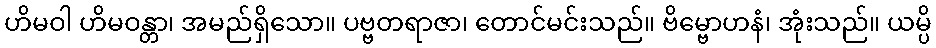
ဟိမဝါ ဟိမဝန္တာ၊ အမည်ရှိသော။ ပဗ္ဗတရာဇာ၊ တောင်မင်းသည်။ ဗိမ္ဗောဟနံ၊ အုံးသည်။ ယမ္ပိ